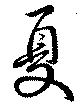
夏